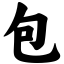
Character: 包